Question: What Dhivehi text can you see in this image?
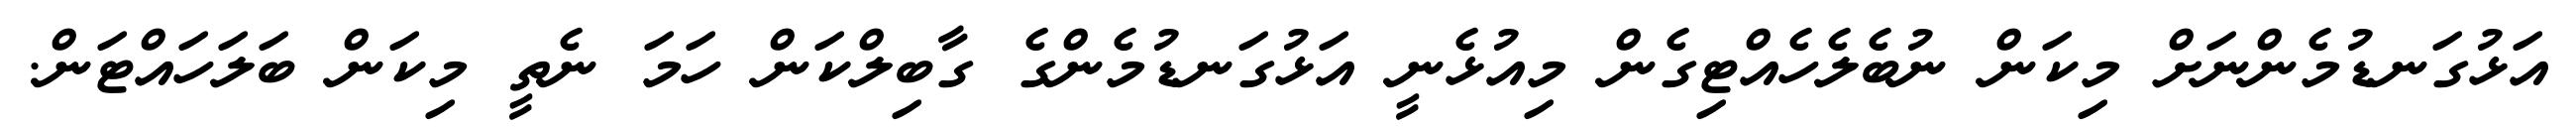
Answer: އަޅުގަނޑުމެންނަށް މިކަން ނުބެލެހެއްޓިގެން މިއުޅެނީ އަޅުގަނޑުމެންގެ ގާބިލްކަން ހަމަ ނެތީ މިކަން ބަލަހައްޓަން.